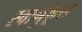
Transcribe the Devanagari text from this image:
स्वानुकूल